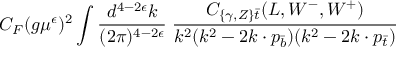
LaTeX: C _ { F } ( g \mu ^ { \epsilon } ) ^ { 2 } \int { \frac { d ^ { 4 - 2 \epsilon } k } { ( 2 \pi ) ^ { 4 - 2 \epsilon } } } \; { \frac { { \cal C } _ { \{ \gamma , Z \} \bar { t } } ( L , W ^ { - } , W ^ { + } ) } { k ^ { 2 } ( k ^ { 2 } - 2 k \cdot p _ { \bar { b } } ) ( k ^ { 2 } - 2 k \cdot p _ { \bar { t } } ) } }